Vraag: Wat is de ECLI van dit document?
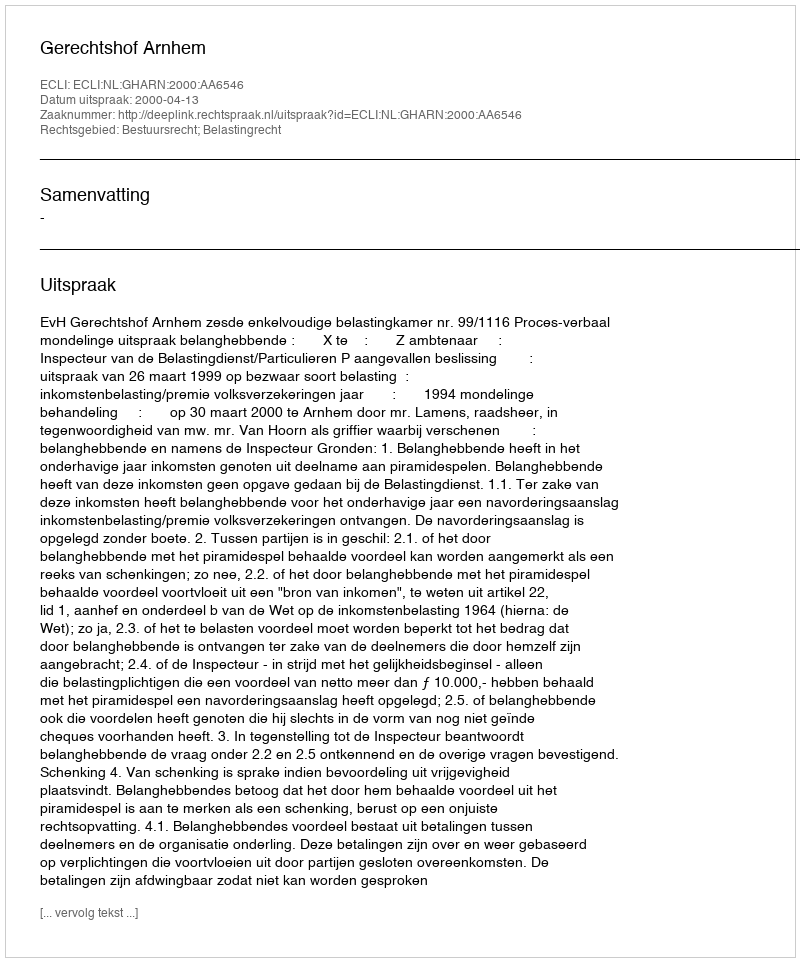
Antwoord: ECLI:NL:GHARN:2000:AA6546